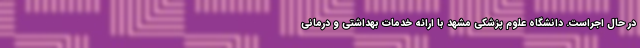
در حال اجراست. دانشگاه علوم پزشکی مشهد با ارائه خدمات بهداشتی و درمانی